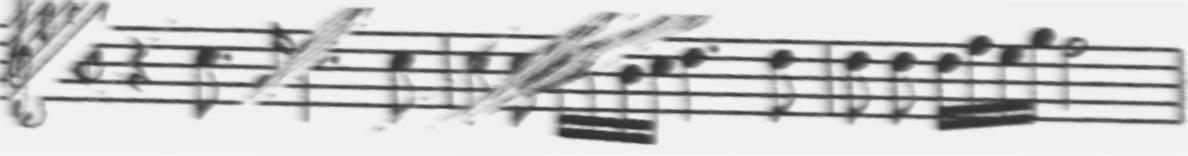
Transcription: clef-G2 timeSignature-C/ rest-quarter note-C5_eighth. note-G4_sixteenth note-C5_quarter. note-C5_eighth barline note-C5_eighth note-C5_eighth note-C5_sixteenth note-D5_sixteenth note-B4_sixteenth note-C5_sixteenth note-D5_quarter. note-D5_eighth barline note-D5_eighth note-D5_eighth note-D5_sixteenth note-F5_sixteenth note-E5_sixteenth note-G5_sixteenth note-F5_half barline